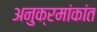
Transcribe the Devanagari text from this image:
अनुक्रमांकांत